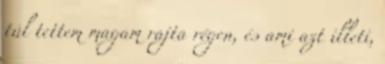
túl tettem magam rajta régen, és ami azt illeti,